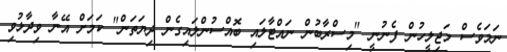
ނަމަވެސް މަޖިލީހުން ފެނުނީ "މިސްރާބުން ނައްޓާލައި ބޮއްސުންލައިގެން ދިޔަތަން" ކަމަށް އޭނާ ވިދާޅުވި